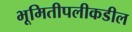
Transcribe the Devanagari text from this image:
भूमितीपलीकडील